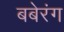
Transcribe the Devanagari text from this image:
बबेरंग